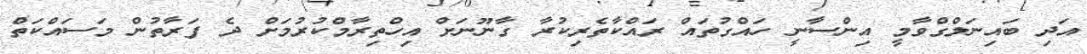
އަދި ބައިނަލްގްވާމީ އިންސާނީ ހައްގުތައް ރައްކާތެރިކުރާ ގާނޫނަށް އިިހްތިރާމްކުރުމަށް ދެ ފަރާތުން މަސައްކަތް